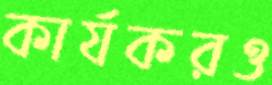
কার্যকরও